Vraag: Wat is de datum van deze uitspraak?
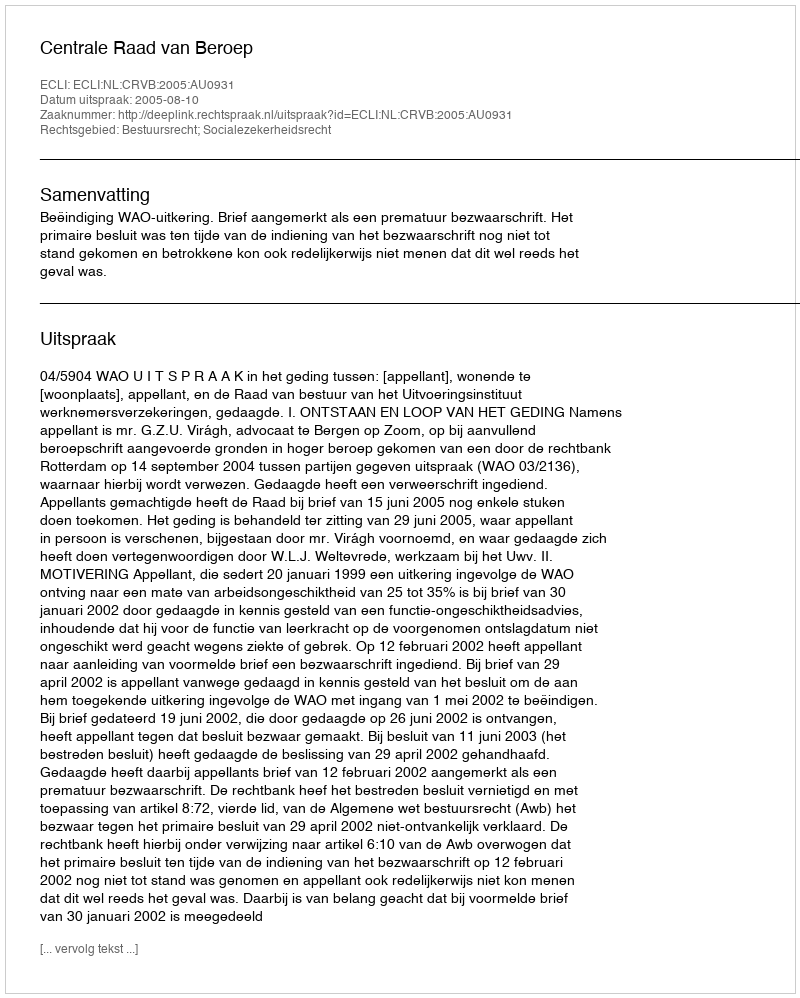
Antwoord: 2005-08-10